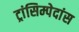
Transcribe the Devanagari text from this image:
ट्रांसिम्पेदांस